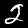
Label: 2